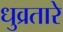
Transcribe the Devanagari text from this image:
धुव्रतारे